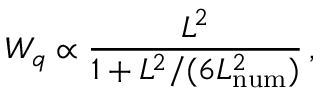
W _ { q } \propto \frac { L ^ { 2 } } { 1 + L ^ { 2 } / ( 6 L _ { \mathrm { n u m } } ^ { 2 } ) } \, ,